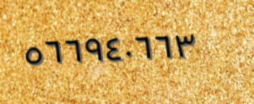
٥٦٦٩٤٠٦٦٣